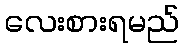
လေးစားရမည်